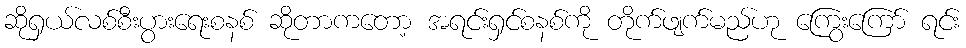
ဆိုရှယ်လစ်စီးပွားရေးစနစ် ဆိုတာကတော့ အရင်းရှင်စနစ်ကို တိုက်ဖျက်မည်ဟု ကြွေးကြော် ရင်း